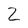
Character: 2